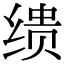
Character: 缋